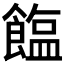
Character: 𫗘